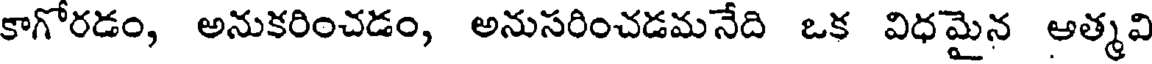
కాగోరడం, అనుకరించడం, అనుసరించడమనేది ఒక విధమైన అత్మవి